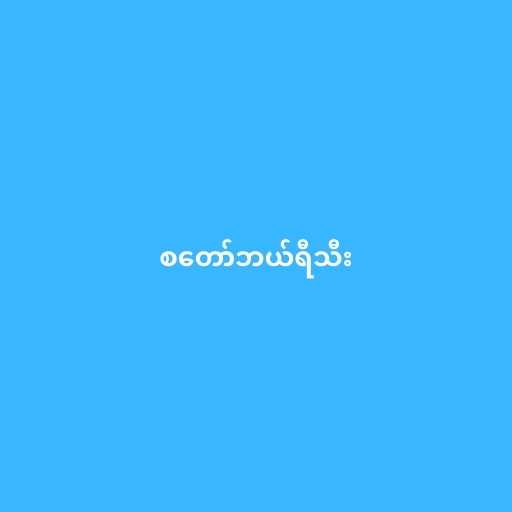
စတော်ဘယ်ရီသီး